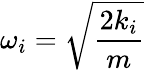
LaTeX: {\omega}_{i}=\sqrt{\frac{2k_{i}}{m}}